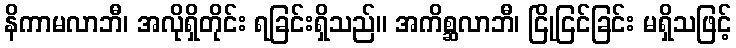
နိကာမလာဘီ၊ အလိုရှိတိုင်း ရခြင်းရှိသည်။ အကိစ္ဆလာဘီ၊ ငြိုငြင်ခြင်း မရှိသဖြင့်